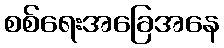
စစ်ရေးအခြေအနေ